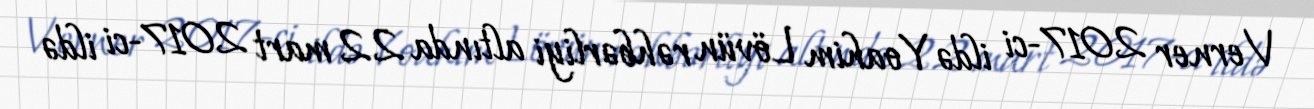
Verner 2017-ci ildə Yoahim Lövün rəhbərliyi altında 22 mart 2017-ci ildə